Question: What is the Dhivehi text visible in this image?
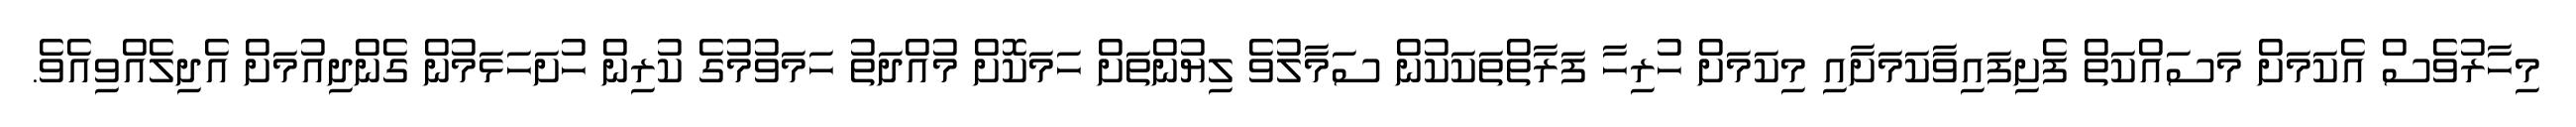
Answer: މިހާރުވެސް އެކަމަށް މަސައްކަތް ފެށިފައިވާކަމަށާއި މިކަމަށް ހުރިހާ ފަރާތްތަކަކުން ސަމާލުވެ ލިޔުންތަށް ހަމަކޮށް މުއްދަތު ހަމަވުމުގެ ކުރިން ހުށަހަޅަމުން ގެންދިއުމަށް އެދިލެއްވިއެވެ.